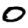
Digit: 0